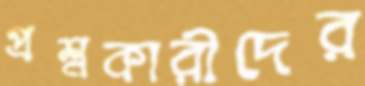
প্রশ্নকারীদের